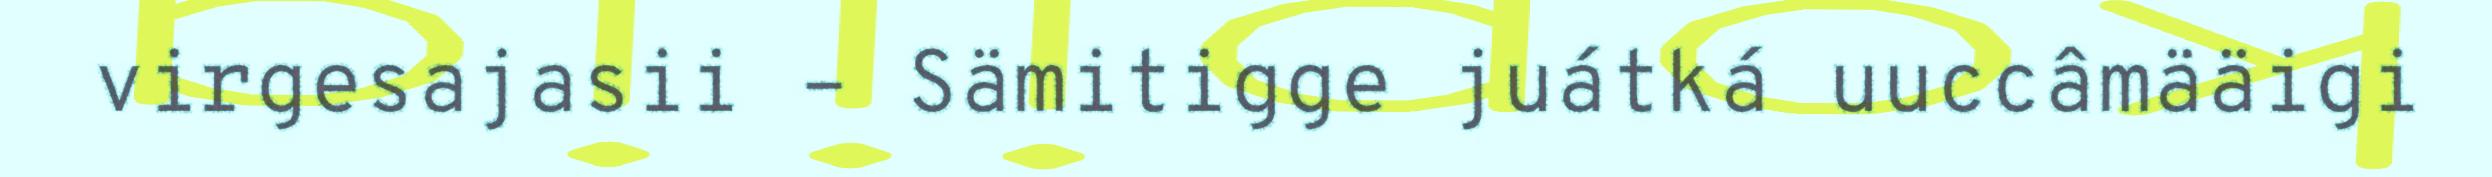
virgesajasii – Sämitigge juátká uuccâmääigi